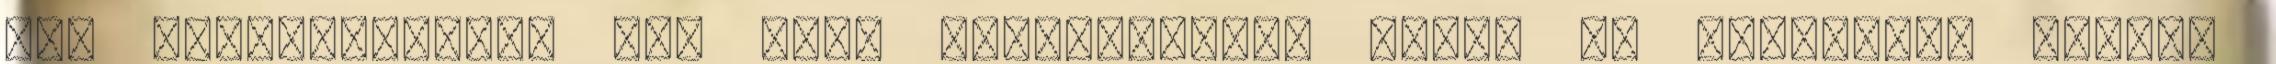
nem tulajdonítunk túl nagy jelentőséget ennek az egésznek. Melyik